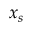
x _ { s }